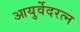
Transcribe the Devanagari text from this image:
आयुर्वेदरत्न